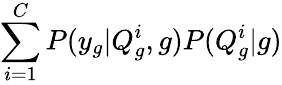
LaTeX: \sum_{i=1}^{C}P(y_{g}|Q_{g}^{i},g)P(Q_{g}^{i}|g)